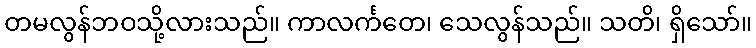
တမလွန်ဘဝသို့လားသည်။ ကာလင်္ကတေ၊ သေလွန်သည်။ သတိ၊ ရှိသော်။